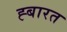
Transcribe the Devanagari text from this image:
ह्बारत